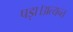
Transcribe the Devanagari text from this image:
पड़ा।अत्यन्त